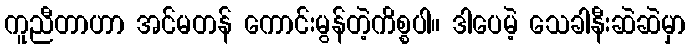
ကူညီတာဟာ အင်မတန် ကောင်းမွန်တဲ့ကိစ္စပါ။ ဒါပေမဲ့ သေခါနီးဆဲဆဲမှာ